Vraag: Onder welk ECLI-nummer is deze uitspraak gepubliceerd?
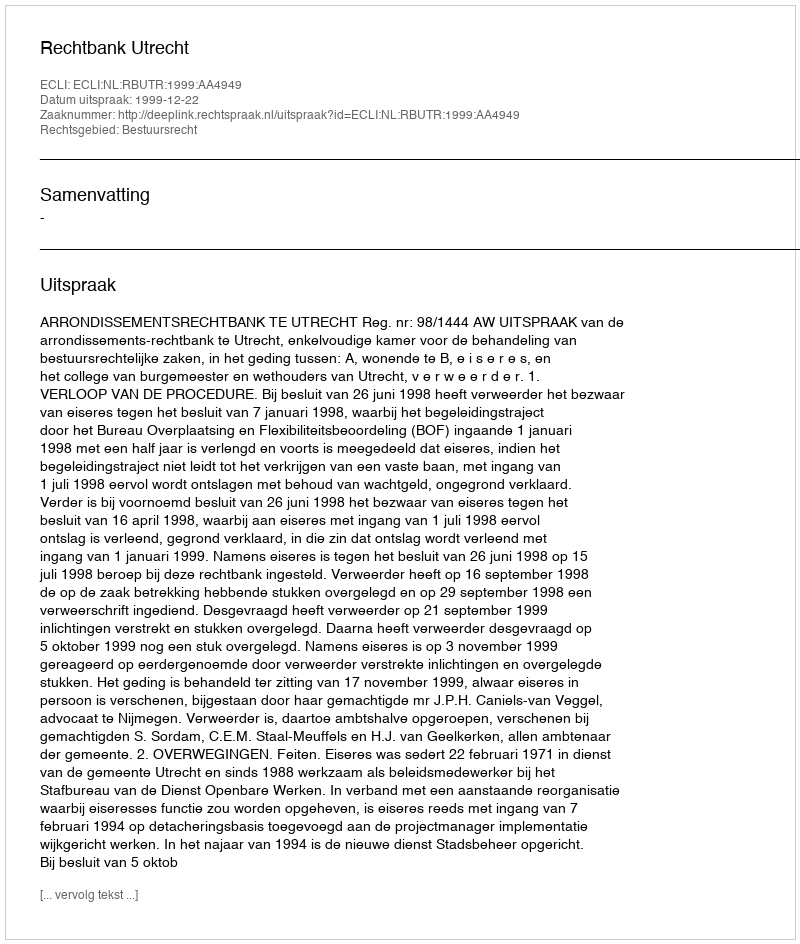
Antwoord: ECLI:NL:RBUTR:1999:AA4949